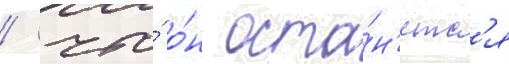
/ что́ о́н оста́н'етс'я